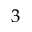
3